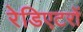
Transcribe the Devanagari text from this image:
रेडिएटरों